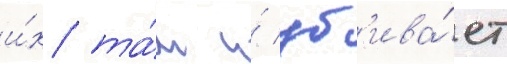
и́х та́м и́ уб'ива́ет